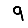
Digit: 9